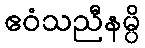
ဧဝံသညီနမ္ပိ